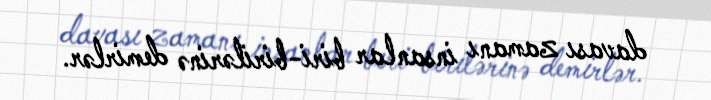
davası zamanı insanlar biri-birilərinə demirlər.